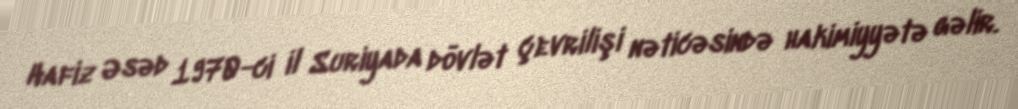
Hafiz Əsəd 1970-ci il Suriyada dövlət çevrilişi nəticəsində hakimiyyətə gəlir.